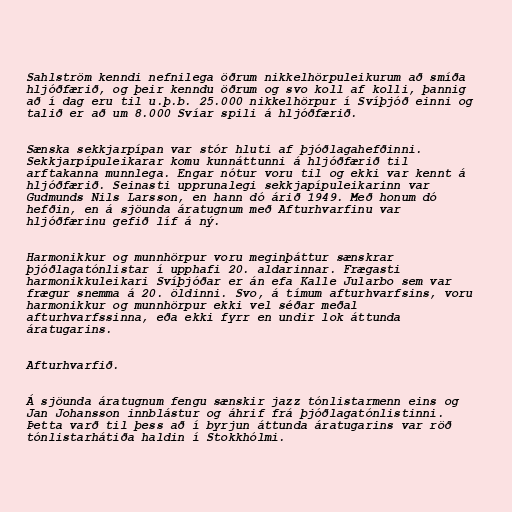
Sahlström kenndi nefnilega öðrum nikkelhörpuleikurum að smíða
hljóðfærið, og þeir kenndu öðrum og svo koll af kolli, þannig
að í dag eru til u.þ.b. 25.000 nikkelhörpur í Svíþjóð einni og
talið er að um 8.000 Svíar spili á hljóðfærið.

Sænska sekkjarpípan var stór hluti af þjóðlagahefðinni.
Sekkjarpípuleikarar komu kunnáttunni á hljóðfærið til
arftakanna munnlega. Engar nótur voru til og ekki var kennt á
hljóðfærið. Seinasti upprunalegi sekkjapípuleikarinn var
Gudmunds Nils Larsson, en hann dó árið 1949. Með honum dó
hefðin, en á sjöunda áratugnum með Afturhvarfinu var
hljóðfærinu gefið líf á ný.

Harmonikkur og munnhörpur voru meginþáttur sænskrar
þjóðlagatónlistar í upphafi 20. aldarinnar. Frægasti
harmonikkuleikari Svíþjóðar er án efa Kalle Jularbo sem var
frægur snemma á 20. öldinni. Svo, á tímum afturhvarfsins, voru
harmonikkur og munnhörpur ekki vel séðar meðal
afturhvarfssinna, eða ekki fyrr en undir lok áttunda
áratugarins.

Afturhvarfið.

Á sjöunda áratugnum fengu sænskir jazz tónlistarmenn eins og
Jan Johansson innblástur og áhrif frá þjóðlagatónlistinni.
Þetta varð til þess að í byrjun áttunda áratugarins var röð
tónlistarhátiða haldin í Stokkhólmi.